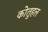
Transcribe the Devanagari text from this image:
कोतुहल